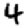
Digit: 4